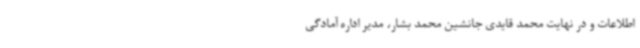
اطلاعات و در نهایت محمد قایدی جانشین محمد بشار، مدیر اداره آمادگی